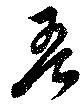
吾